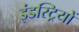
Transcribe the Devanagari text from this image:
इंडस्ट्रियों